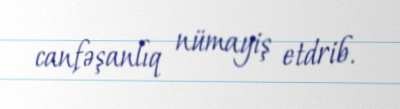
canfəşanlıq nümayiş etdrib.